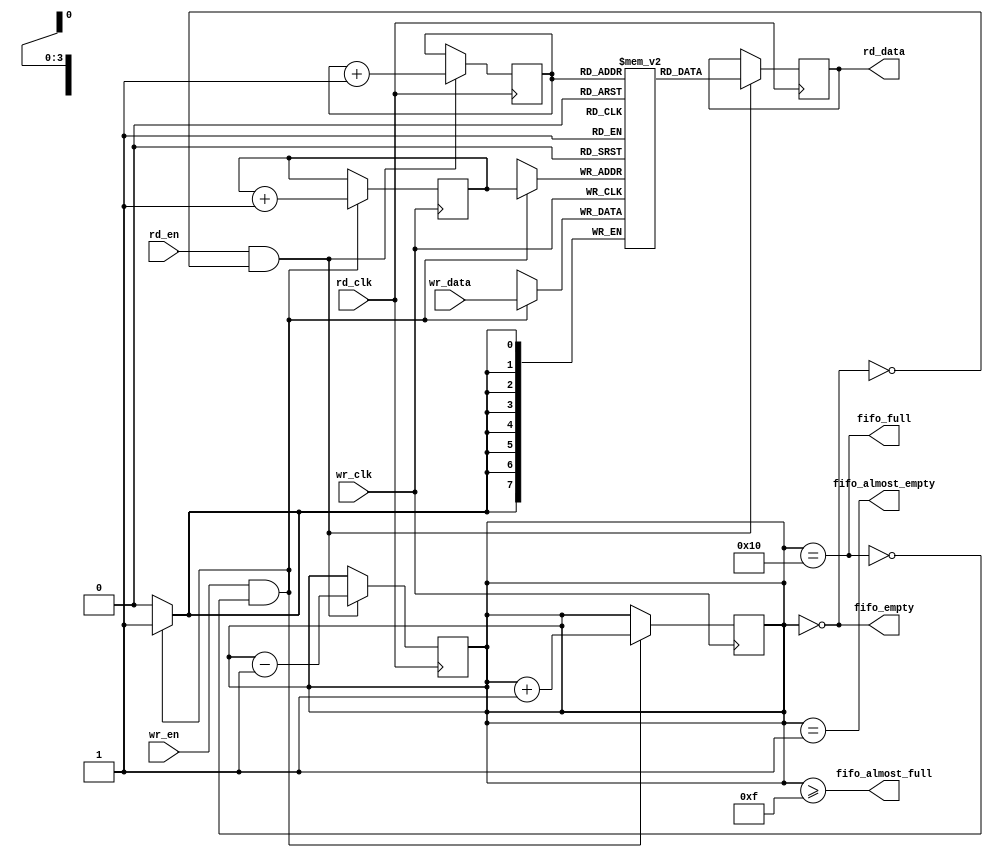
module fifo_synchronizer #(
    parameter DATA_WIDTH = 8,
    parameter FIFO_DEPTH = 16
) (
    input wire wr_clk,                // Write clock
    input wire rd_clk,                // Read clock
    input wire wr_en,                 // Write enable signal
    input wire rd_en,                 // Read enable signal
    input wire [DATA_WIDTH-1:0] wr_data, // Data to write
    output wire [DATA_WIDTH-1:0] rd_data, // Data to read
    output wire fifo_full,            // FIFO full status
    output wire fifo_empty,           // FIFO empty status
    output wire fifo_almost_full,     // FIFO almost full status
    output wire fifo_almost_empty      // FIFO almost empty status
);

// FIFO memory declaration
reg [DATA_WIDTH-1:0] fifo_mem [0:FIFO_DEPTH-1];
reg [3:0] wr_ptr, rd_ptr;           // Write and read pointers
reg [4:0] fifo_count;               // Count of elements in FIFO

// Write operation
always @(posedge wr_clk) begin
    if (wr_en && !fifo_full) begin
        fifo_mem[wr_ptr] <= wr_data;  // Write data to FIFO
        wr_ptr <= wr_ptr + 1;         // Increment write pointer
        fifo_count <= fifo_count + 1; // Increment FIFO count
    end
end

// Read operation
always @(posedge rd_clk) begin
    if (rd_en && !fifo_empty) begin
        rd_data <= fifo_mem[rd_ptr];   // Read data from FIFO
        rd_ptr <= rd_ptr + 1;          // Increment read pointer
        fifo_count <= fifo_count - 1;  // Decrement FIFO count
    end
end

// FIFO status flags
assign fifo_full = (fifo_count == FIFO_DEPTH);
assign fifo_empty = (fifo_count == 0);
assign fifo_almost_full = (fifo_count >= FIFO_DEPTH - 1);
assign fifo_almost_empty = (fifo_count == 1);

// Reset logic (optional)
initial begin
    wr_ptr = 0;
    rd_ptr = 0;
    fifo_count = 0;
end

endmodule